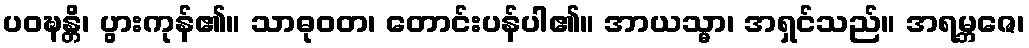
ပဝဍ္ဎန္တိ၊ ပွားကုန်၏။ သာဓုဝတ၊ တောင်းပန်ပါ၏။ အာယသ္မာ၊ အရှင်သည်။ အရမ္ဘဇေ၊